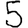
Digit: 5